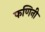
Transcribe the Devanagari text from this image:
फणिनी